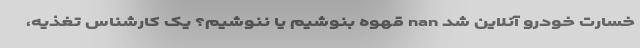
خسارت خودرو آنلاین شد nan قهوه بنوشیم یا ننوشیم؟ یک کارشناس تغذیه،